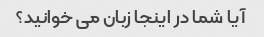
آیا شما در اینجا زبان می خوانید؟